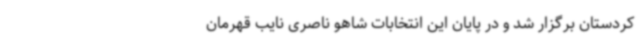
کردستان برگزار شد و در پایان این انتخابات شاهو ناصری نایب قهرمان